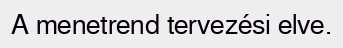
A menetrend tervezési elve.